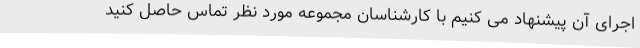
اجرای آن پیشنهاد می کنیم با کارشناسان مجموعه مورد نظر تماس حاصل کنید